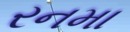
રનમા